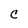
Character: C